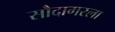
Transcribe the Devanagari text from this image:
सौदागरला